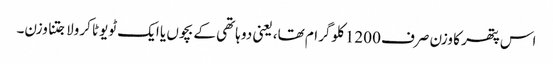
اس پتھر کا وزن صرف 1200 کلوگرام تھا، یعنی دو ہاتھی کے بچوں یا ایک ٹویوٹا کرولا جتنا وزن۔